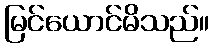
မြင်ယောင်မိသည်။